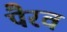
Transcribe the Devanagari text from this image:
पैरव